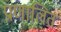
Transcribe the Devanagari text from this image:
प्राणालित